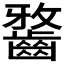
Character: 𪘯